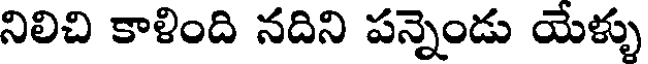
నిలిచి కాళింది నదిని పన్నెండు యేళ్ళు